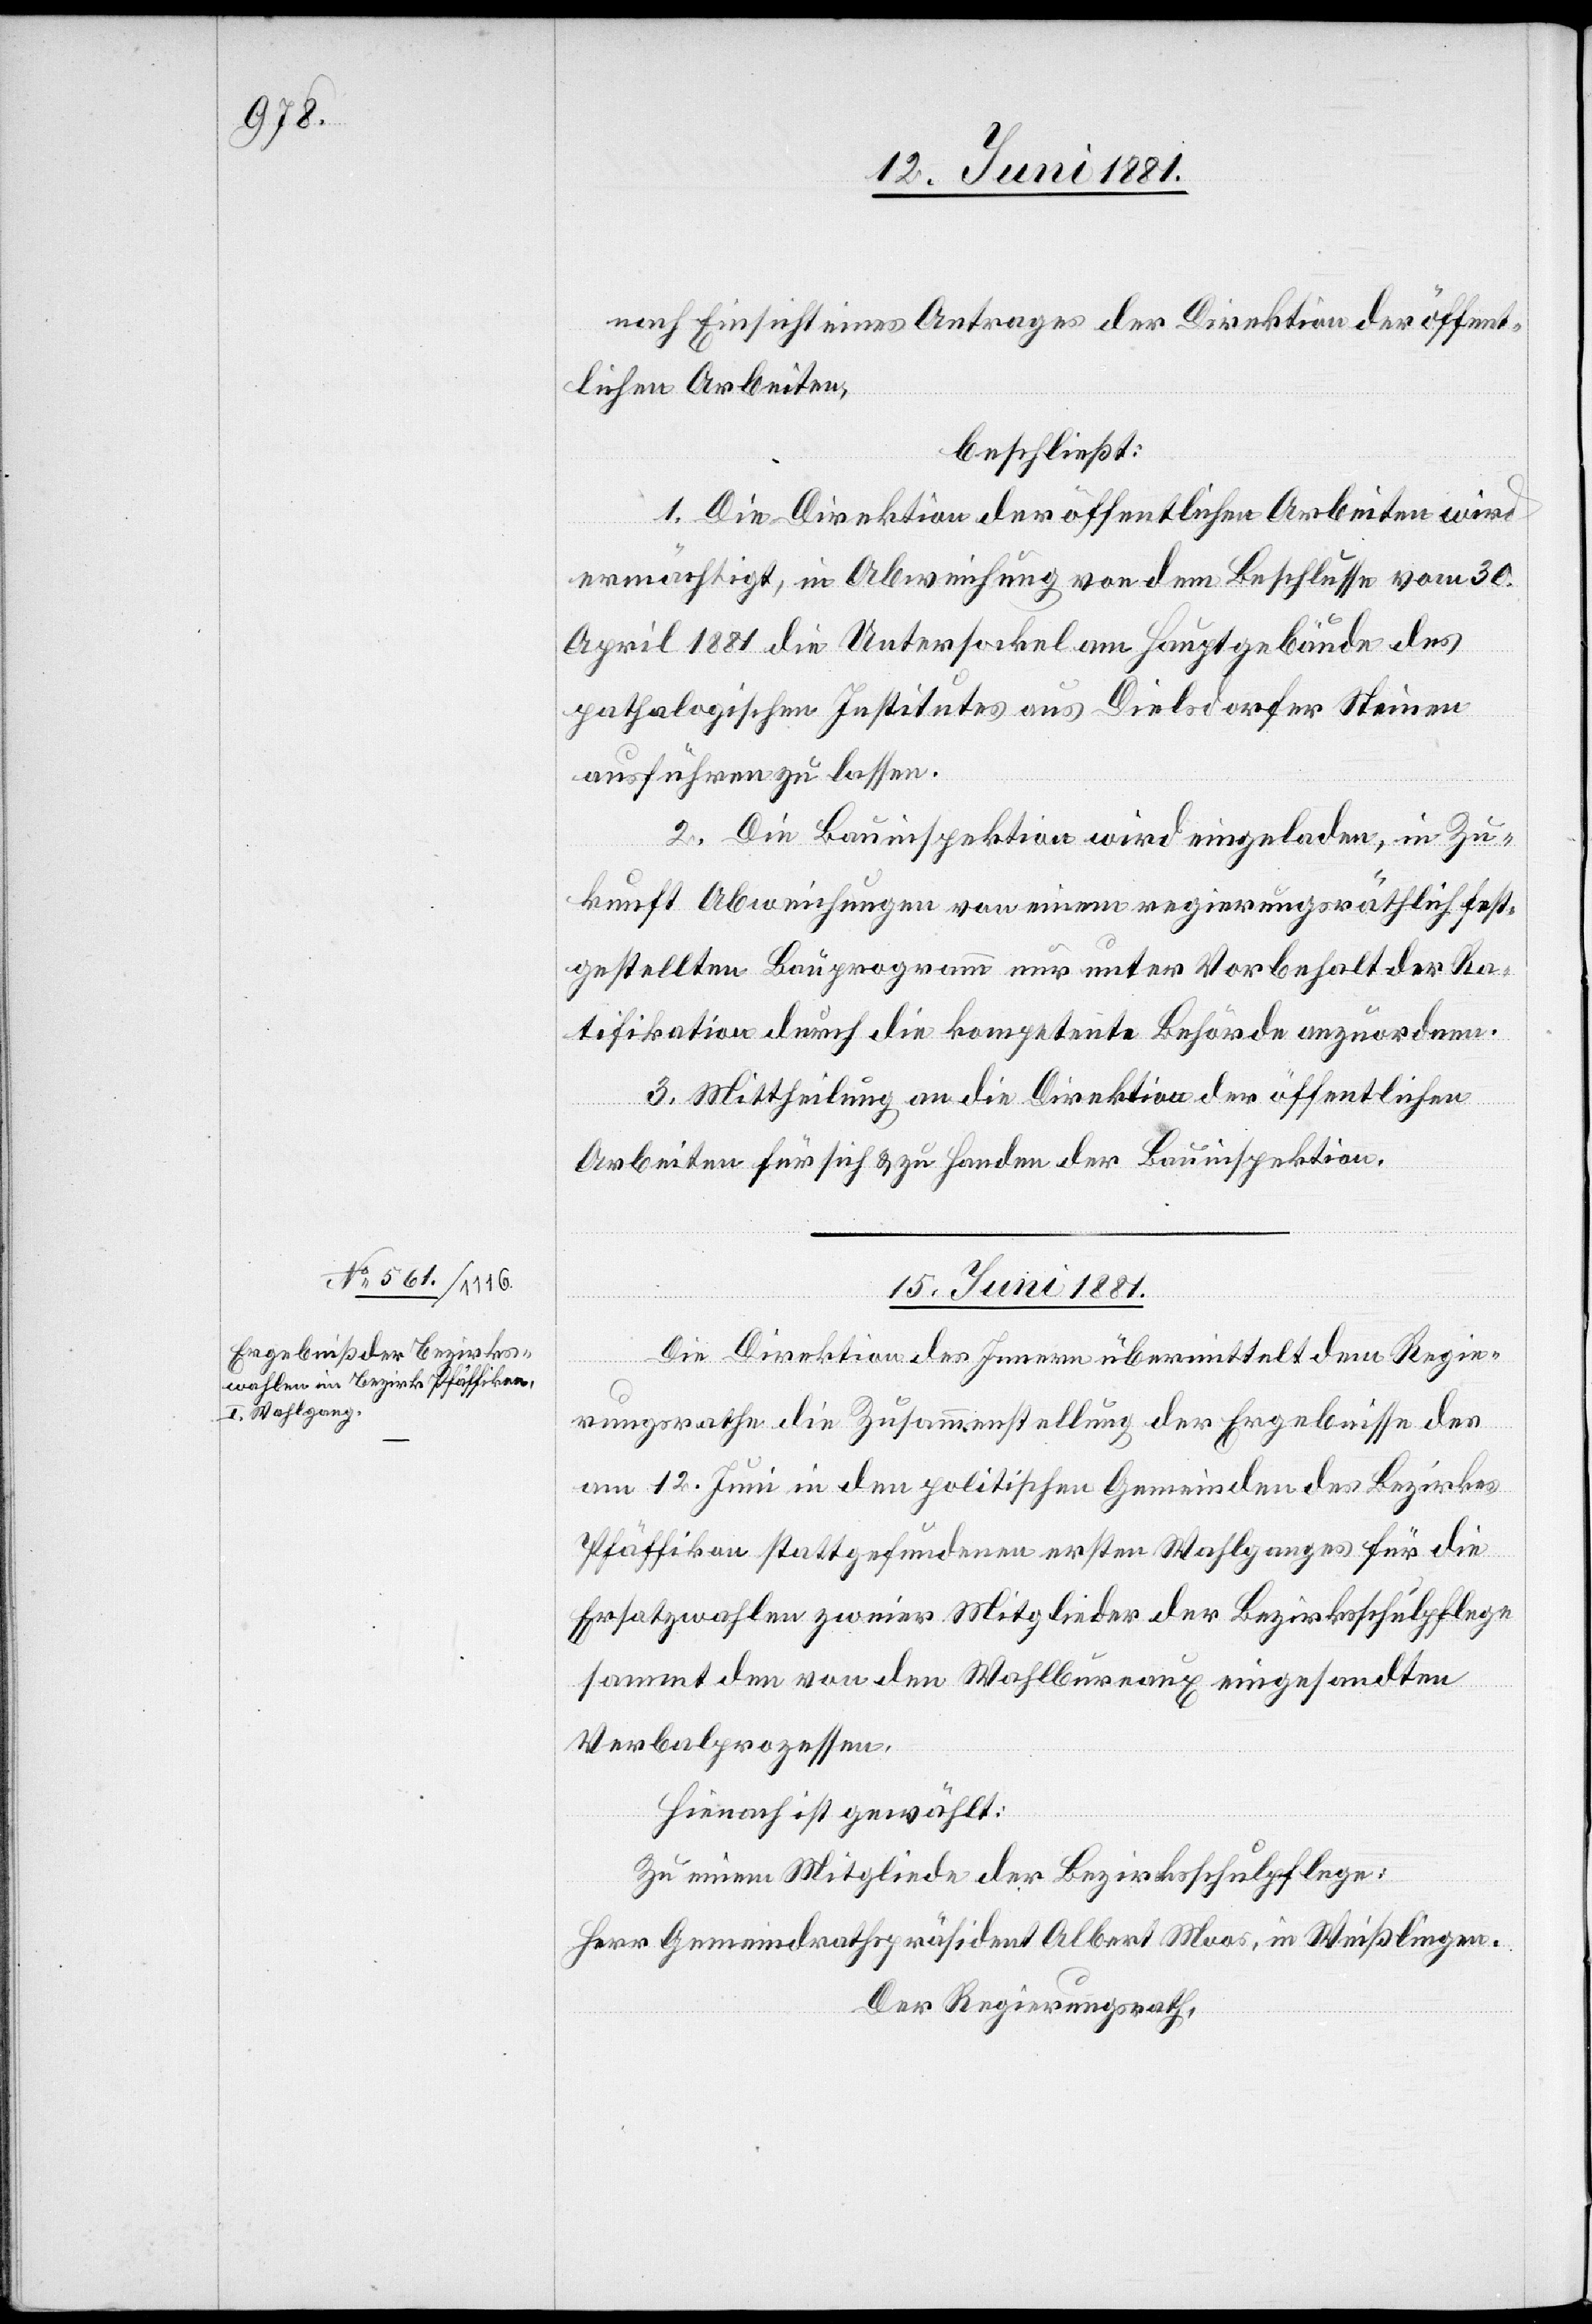
nach Einsicht eines Antrages der Direktion der öffent¬
lichen Arbeiten,
beschließt:
1. Die Direktion der öffentlichen Arbeiten wird
ermächtigt, in Abweichung von dem Beschlusse vom 30.
April 1881 die Untersockel am Hauptgebäude des
pathologischen Institutes aus Dielsdorfer Steinen
ausführen zu lassen.
2. Die Bauinspektion wird eingeladen, in Zu¬
kunft Abweichungen von einem regierungsräthlich fest¬
gestellten Bauprogramm nur unter Vorbehalt der Ra¬
tifikation durch die kompetente Behörde anzuordnen.
3. Mittheilung an die Direktion der öffentlichen
Arbeiten für sich & zu Handen der Bauinspektion.
15. Juni 1881.
Die Direktion des Innern übermittelt dem Regie¬
rungsrathe die Zusammenstellung der Ergebnisse des
am 12. Juni in den politischen Gemeinden des Bezirkes
Pfäffikon stattgefundenen ersten Wahlganges für die
Ersatzwahlen zweier Mitglieder der Bezirksschulpflege
sammt den von den Wahlbureaux eingesandten
Verbalprozessen.
Hienach ist gewählt:
Zu einem Mitgliede der Bezirksschulpflege:
Herr Gemeindrathspräsident Albert Moos, in Weißlingen.
Der Regierungsrath,